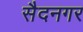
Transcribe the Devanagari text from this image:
सैदनगर